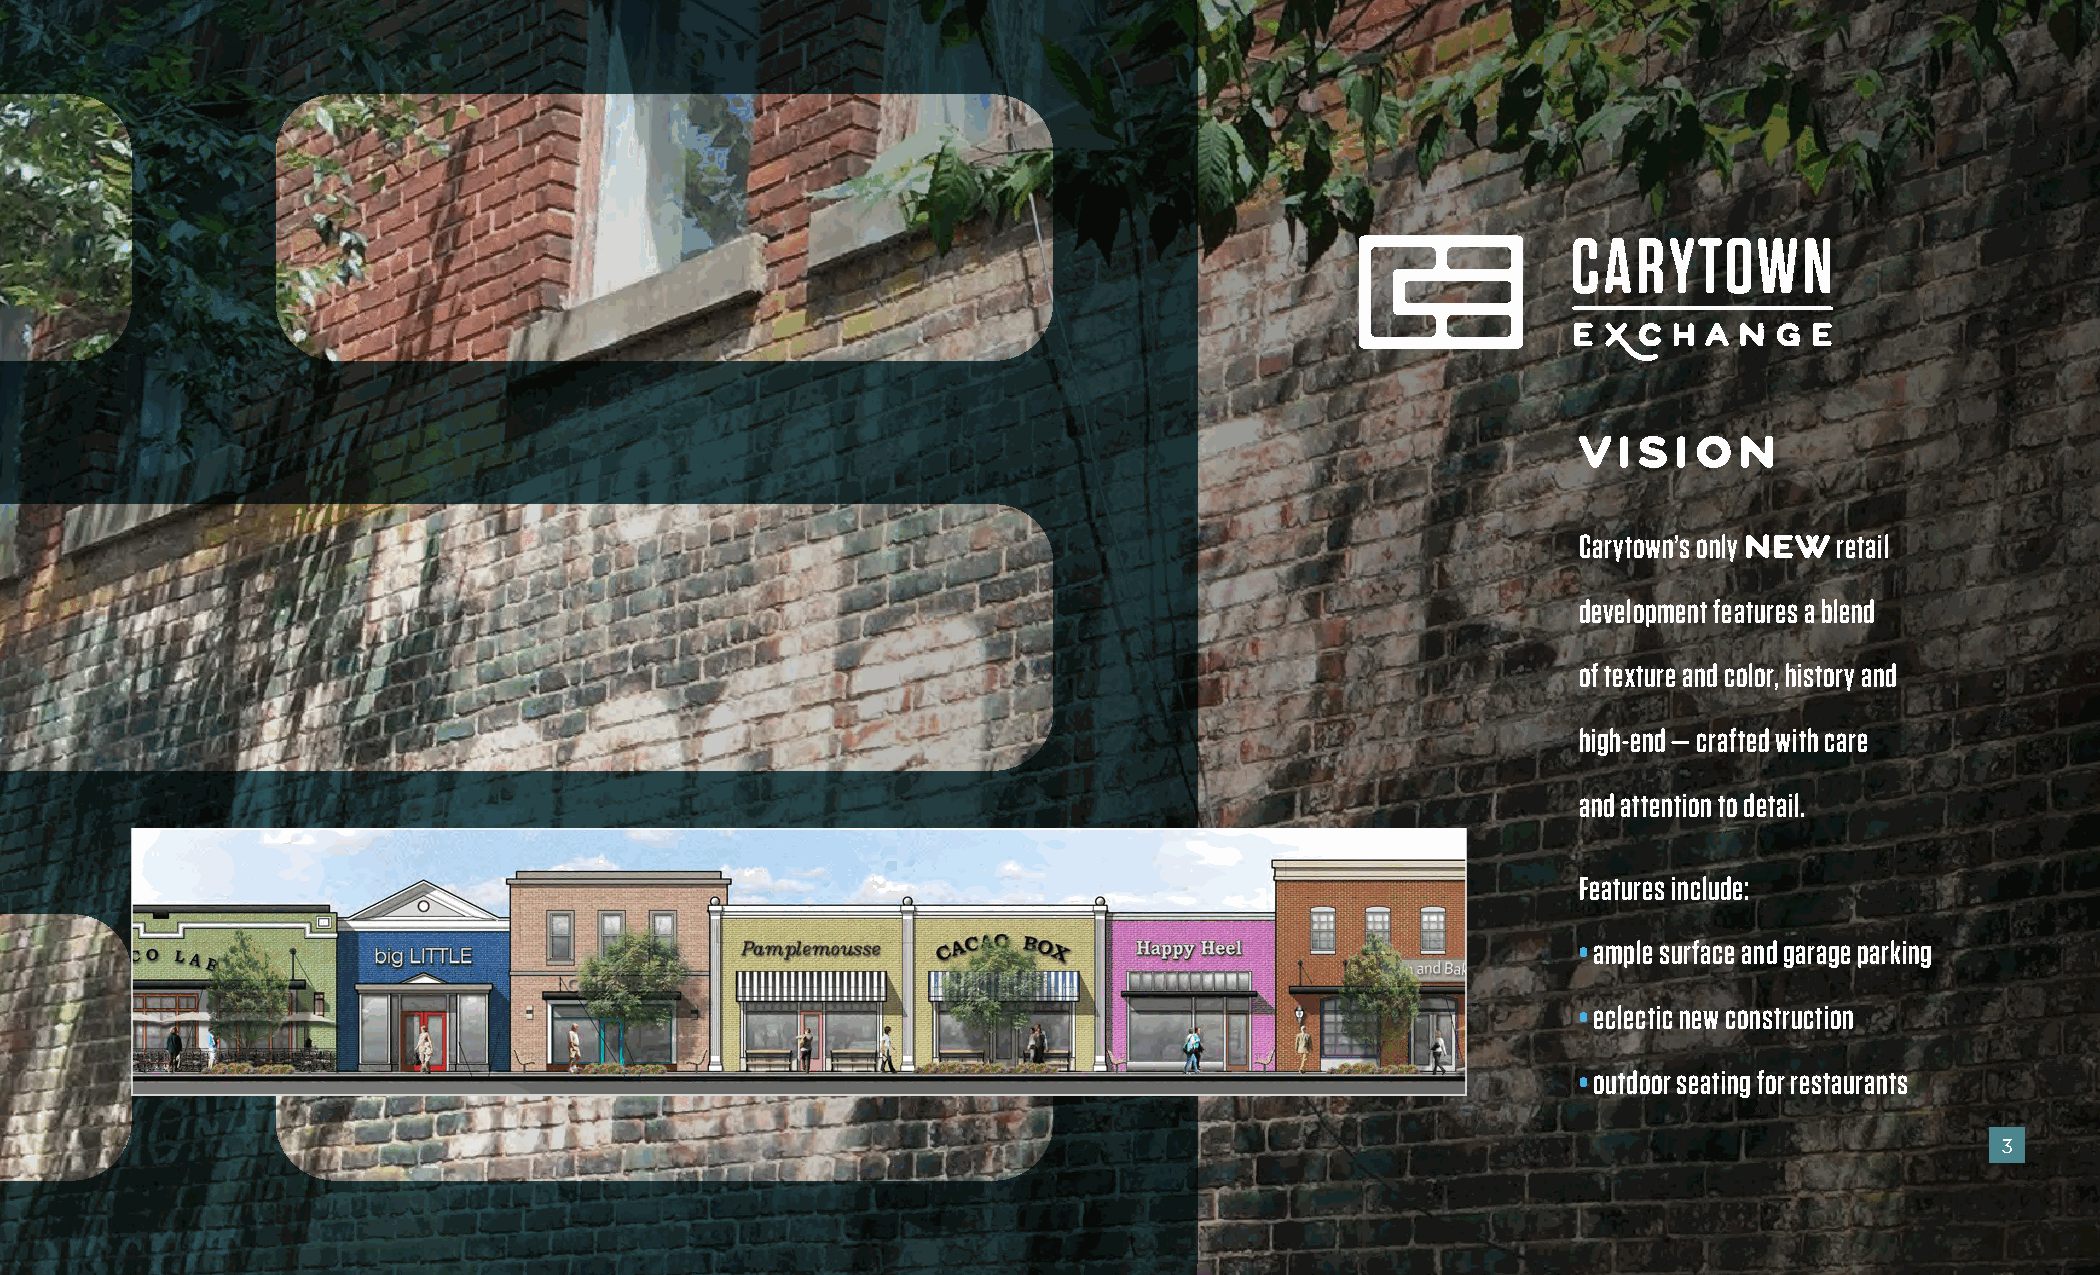
vision
 Carytown’s only  retail
 new
 development features a blend
 of texture and color, history and
 high-end — crafted with care
 and attention to detail.
 Features include:
 • ample surface and garage parking
 • eclectic new construction
 • outdoor seating for restaurants
 3